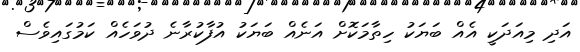
އަދި މިއަދަކީ އެއް ބަޔަކު ހިތާމަކޮށް އަނެއް ބަޔަކު އުފާކުރާނެ ދުވަހެއް ކަމުގައިވެސް